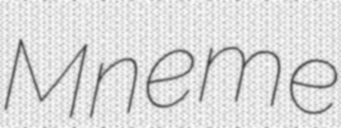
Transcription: Mneme